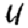
Digit: 4